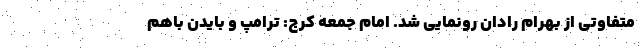
متفاوتی از بهرام رادان رونمایی شد. امام جمعه کرج: ترامپ و بایدن باهم